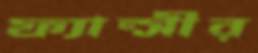
ফ্যান্সীর